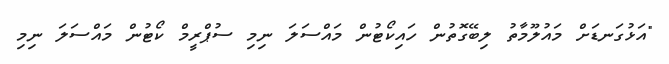
"އަޅުގަނޑަށް މައުލޫމާތު ލިބޭގޮތުން ހައިކޯޓުން މައްސަލަ ނިމި ސުޕްރީމް ކޯޓުން މައްސަލަ ނިމި